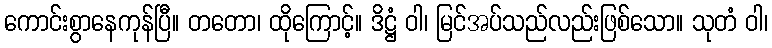
ကောင်းစွာနေကုန်ပြီ။ တတော၊ ထိုကြောင့်။ ဒိဋ္ဌံ ဝါ၊ မြင်အပ်သည်လည်းဖြစ်သော။ သုတံ ဝါ၊